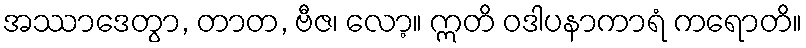
အဿာဒေတွာ, တာတ, ဗီဇ၊ လော့။ ဣတိ ဝဒါပနာကာရံ ကရောတိ။